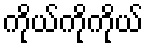
ကိုယ်ကိုကိုယ်